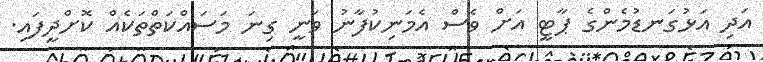
އަދި އަޅުގަނޑުމެންގެ ޕާޓީ އަށް ވެސް އެމަނިކުފާނު ވަނީ ގިނަ މަސައްކަތްތަކެއް ކޮށްދީފައި.